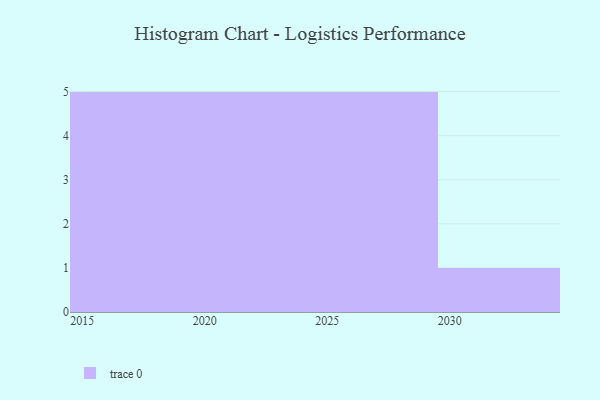
{"axis": {"x": "Year", "y": "Humidity (%)"}, "legend": [""], "data": [{"x": "2025", "y": 64, "type": ""}, {"x": "2026", "y": 19, "type": ""}, {"x": "2029", "y": 84, "type": ""}, {"x": "2023", "y": 43, "type": ""}, {"x": "2021", "y": 89, "type": ""}, {"x": "2030", "y": 29, "type": ""}, {"x": "2028", "y": 46, "type": ""}, {"x": "2022", "y": 7, "type": ""}, {"x": "2017", "y": 87, "type": ""}, {"x": "2015", "y": 28, "type": ""}, {"x": "2016", "y": 43, "type": ""}, {"x": "2024", "y": 45, "type": ""}, {"x": "2020", "y": 67, "type": ""}, {"x": "2018", "y": 11, "type": ""}, {"x": "2019", "y": 69, "type": ""}, {"x": "2027", "y": 100, "type": ""}]}